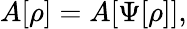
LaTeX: A[\rho]=A[\Psi[\rho]],